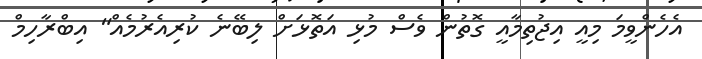
އެހެންވީމަ މިއީ އިޖުތިމާއީ ގޮތުން ވެސް މުޅި އަތޮޅަށް ލިބޭނެ ކުރިއެރުމެއް" އިބްރާހިމް